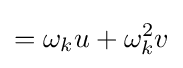
=\omega _{k}u+\omega _{k}^{2}v